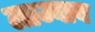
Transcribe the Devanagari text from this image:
लाज्वाब